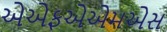
એએફએએમએસ